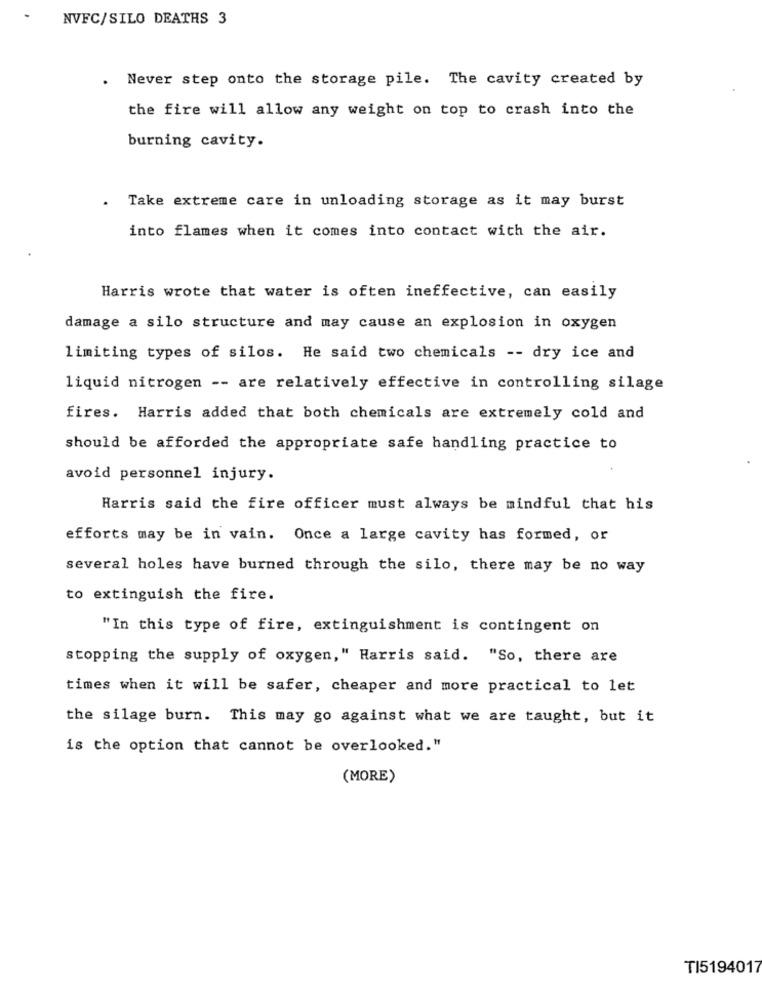
NVFC/SILO DEATHS 3
.
Never step onto the storage pile. The cavity created by
the fire will allow any weight on top to crash into the
burning cavity.
. Take extreme care in unloading storage as it may burst
into flames when it comes into contact with the air.
Harris wrote that water is often ineffective, can easily
damage a silo structure and may cause an explosion in oxygen
limiting types of silos. He said two chemicals -- dry ice and
liquid nitrogen -- are relatively effective in controlling silage
fires. Harris added that both chemicals are extremely cold and
should be afforded the appropriate safe handling practice to
avoid personnel injury.
Harris said the fire officer must always be mindful that his
efforts may be in vain. Once a large cavity has formed, or
several holes have burned through the silo, there may be no way
to extinguish the fire.
"In this type of fire, extinguishment is contingent on
stopping the supply of oxygen," Harris said. "So, there are
times when it will be safer, cheaper and more practical to let
the silage burn. This may go against what we are taught, but it
is the option that cannot be overlooked."
(MORE)
TI5194017